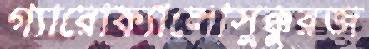
গ্যারোফ্যালোসুক্কুরজ